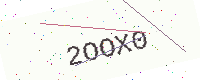
Text: 2OOX0